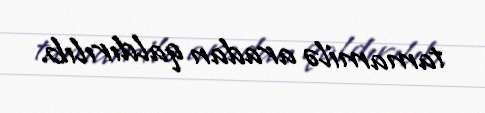
tamamilə aradan qaldırılıb.